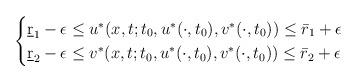
LaTeX: \begin{align*}\begin{cases}\underbar r_1 -\epsilon \le u^*(x,t;t_0,u^*(\cdot,t_0),v^*(\cdot,t_0)) \le \bar r_1+\epsilon\cr\underbar r_2 -\epsilon \le v^*(x,t;t_0,u^*(\cdot,t_0),v^*(\cdot,t_0)) \le \bar r_2+\epsilon\end{cases}\end{align*}